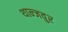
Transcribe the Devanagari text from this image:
थान्जवुर